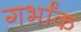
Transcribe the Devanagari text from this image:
गर्भांक